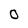
Character: 0